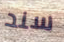
سند